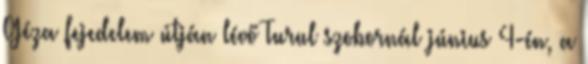
Géza fejedelem útján lévő Turul szobornál június 4-én, a